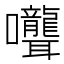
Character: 𭍎